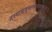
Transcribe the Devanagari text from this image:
तस्माद्यजुस्तस्मादजायत॥९॥